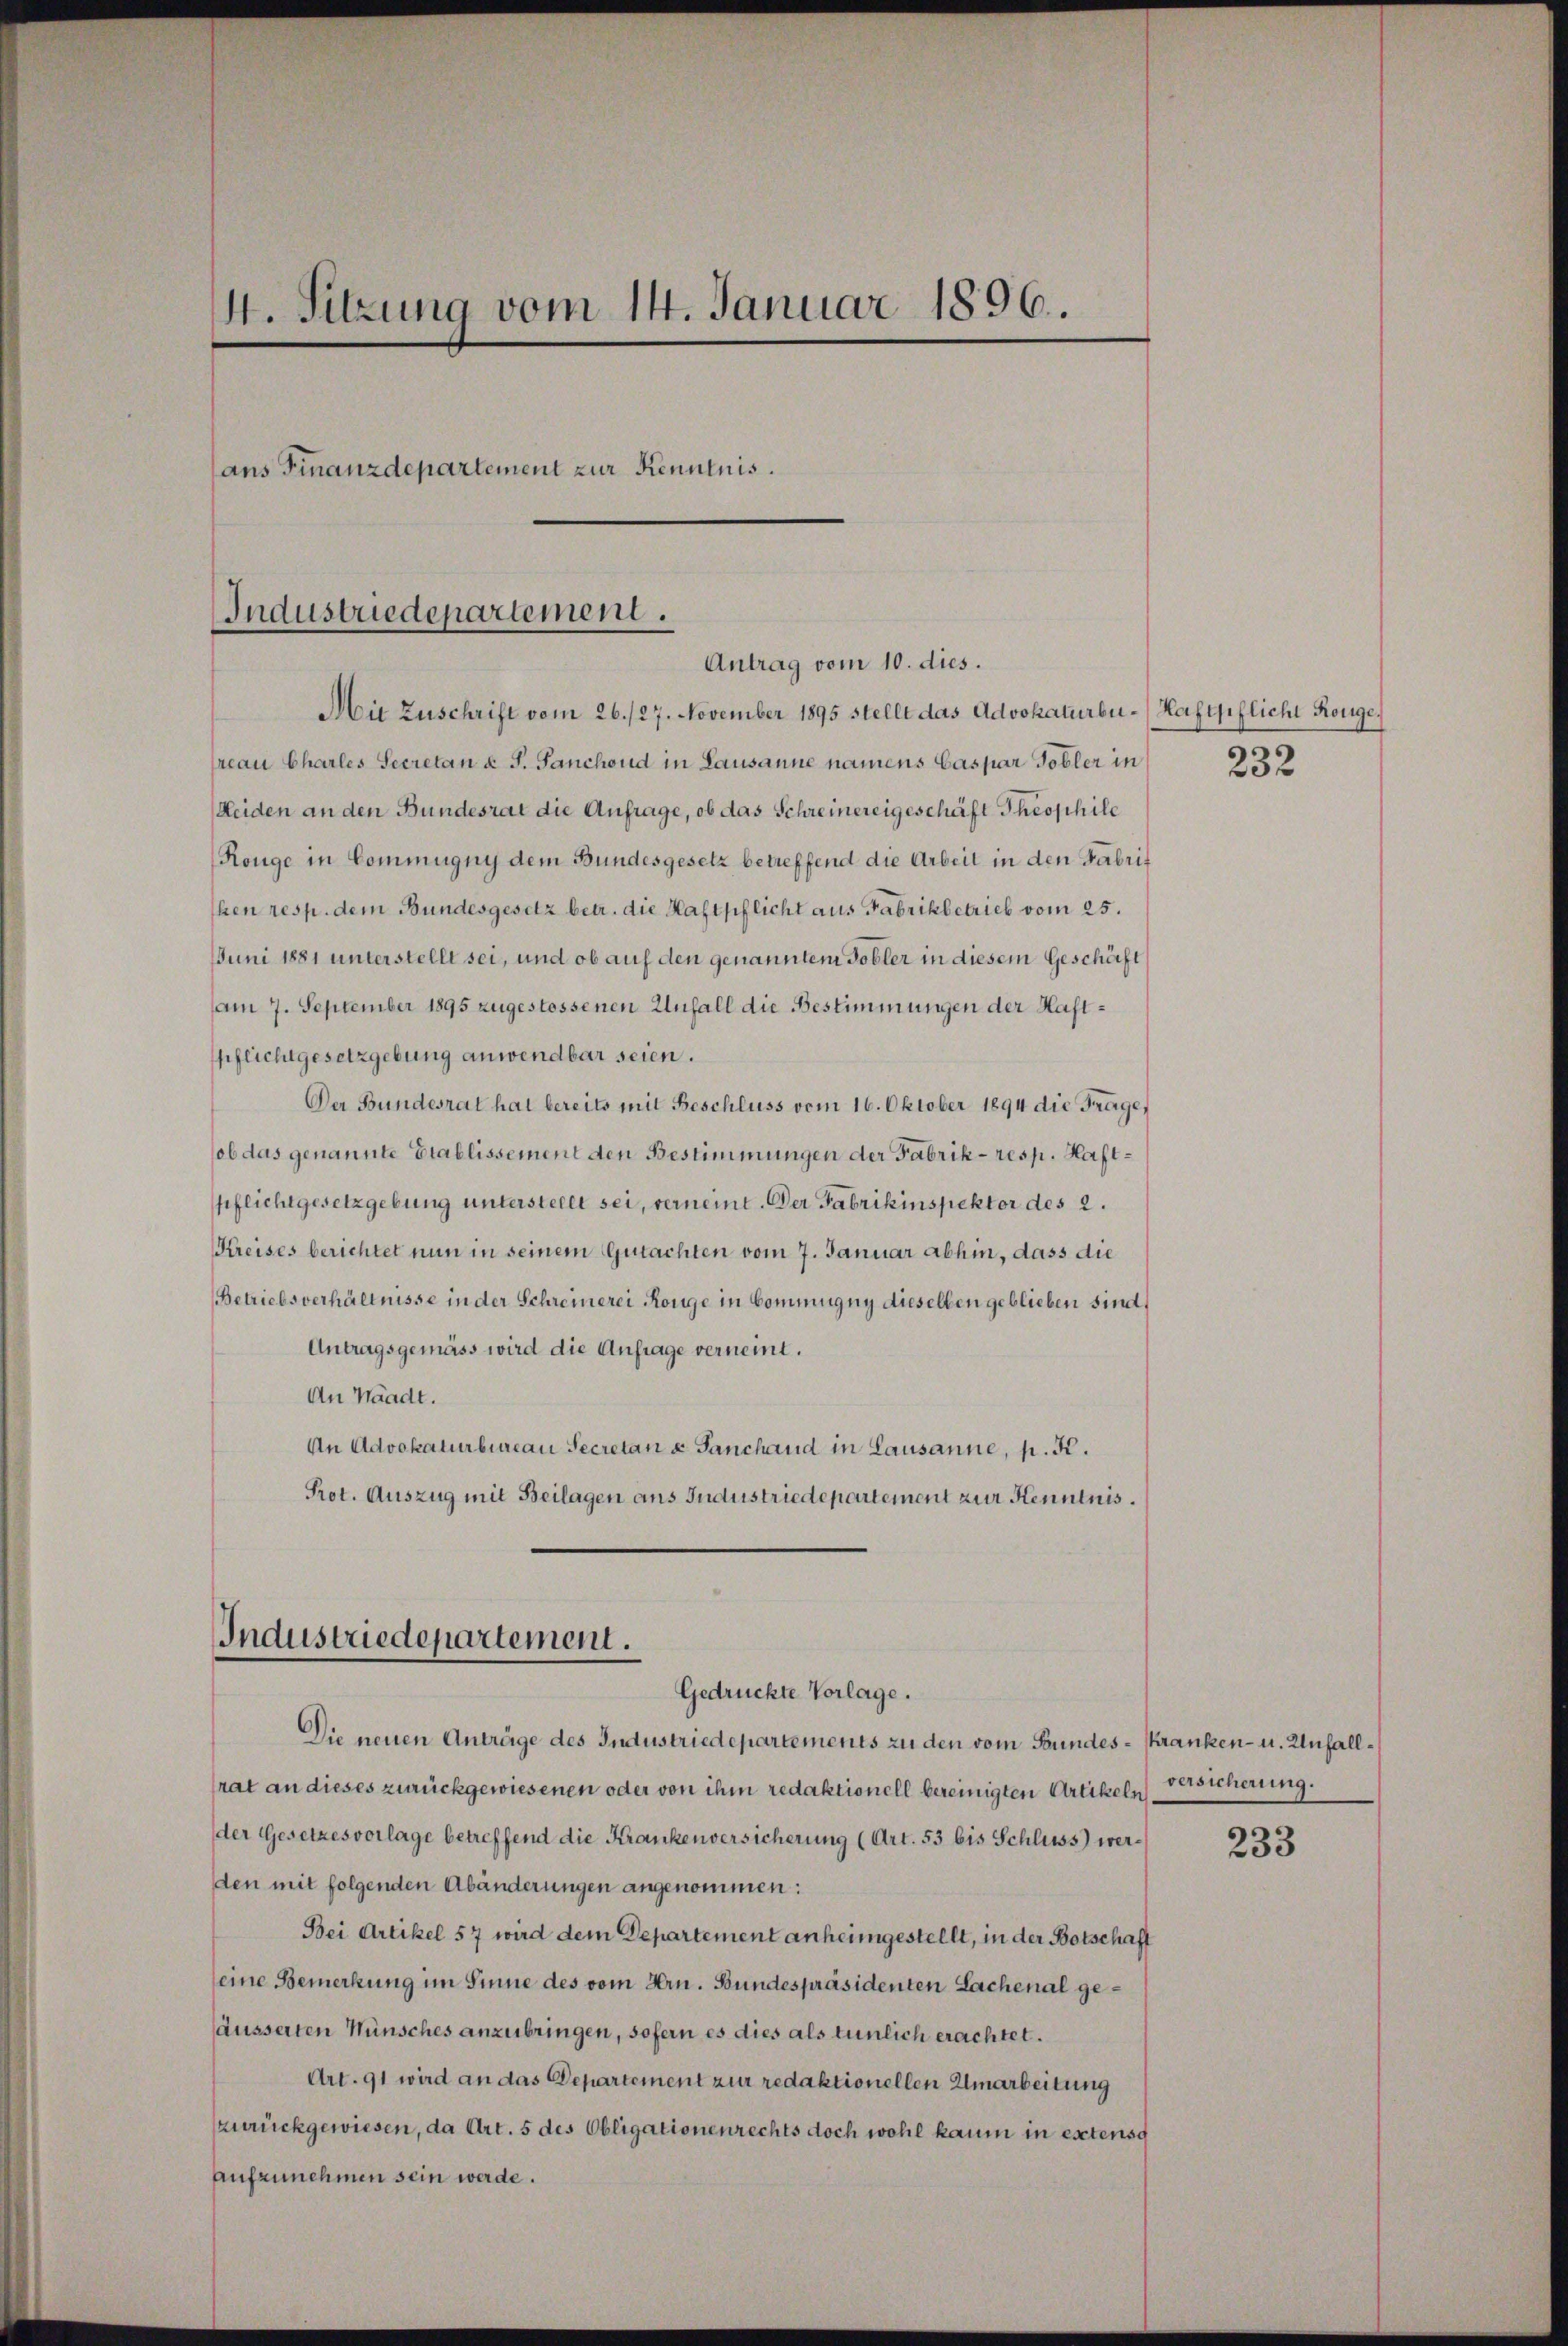
4. Sitzung vom 14. Januar 1896.
ans Finanzdepartement zur Kenntnis.
Industriedepartement.
Antrag vom 10. dies.

rean Charles Secretan u. S. Sanchoud in Lausanne namens Caspar Tobler in
Heiden an den Bundesrat die Anfrage, ob das Schreinereigeschäft Theophile
Ronge in Commugny dem Bundesgesetz betreffend die Arbeit in den Fabrif
hen resp. dem Bundesgesetz betr. die Haftpflicht aus Fabrikbetrieb vom 25.
Juni 1881 unterstellt sei, und ob auf den genanntem Tobler in diesem Geschäft
(am 7. September 1895 zugestossenen Unfall die Bestimmungen der Haftpflichtgesetzgebung anwendbar seien.
Der Bundesrat hat bereits mit Beschluss vom 16. Oktober 1894 die Frage,
ob das genannte Etablissement den Bestimmungen der Fabrik- resp. Haftpflichtgesetzgebung unterstellt sei, verneint. Der Fabrikinspektor des 2.
Kreises berichtet nun in seinem Gutachten vom 7. Januar abhin, dass die
Betriebsverhältnisse in der Schreinerei Konge in Commugug dieselben geblieben sind,
Antragsgemäss wird die Anfrage verneint.
An Waadt.
An Advokaturbureau Secretan u. Ganchand in Lausanne, p. K.
Prot. Auszug mit Beilagen ans Industriedepartement zur Kenntnis.

Die neuen Anträge des Industriedepartements zu den vom Bundes-Kranken- u. Unfallrat an dieses zurückgewiesenen oder von ihm redaktionell bereinigten Artikeln versicherung.
der Gesetzesvorlage betreffend die Krankenversicherung (Art. 53 bis Schluss) werden mit folgenden Abänderungen angenommen:
Bei Artikel 57 wird dem Departement anheimgestellt, in der Botschaft
eine Bemerkung im Sinne des vom Hrn. Bundespräsidenten Lachenal geäusserten Wünsches anzubringen, sofern es dies als tunlich erachtet.
Art. 91 wird an das Departement zur redaktionellen Umarbeitung
zurückgewiesen, da Art. 5 des Obligationenrechts doch wohl kaum in extensg
aufzunehmen sein werde.

Mie Zuschrift vom 26./27. November 1895 stellt das Advokaturbu-Hafyiflicht Rouge,

Industriedepartement.
Gedrückte Vorlage.

232

233